Indian journal of veterinary science and animal husbandry - Volume 4,
Year: 1934
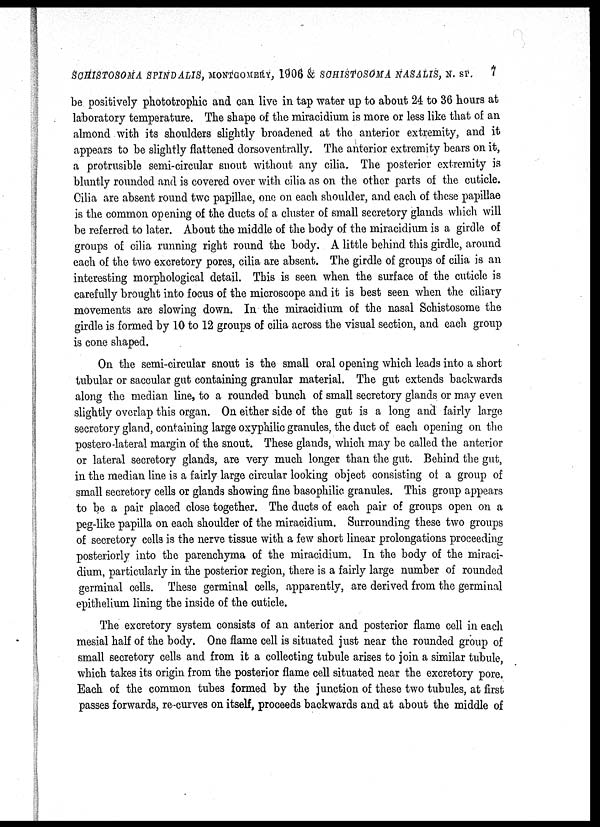
SCHISTOSOMA SPINDALIS, MONTGOMERY, 1906 & SCHISTOSOMA NASALIS, N. SP.
7
be positively phototrophic and can live in tap water up to about 24 to 36 hours at
laboratory temperature. The shape of the miracidium is more or less like that of an
almond with its shoulders slightly broadened at the anterior extremity, and it
appears to be slightly flattened dorsoventrally. The anterior extremity bears on it,
a protrusible semi-circular snout without any cilia. The posterior extremity is
bluntly rounded and is covered over with cilia as on the other parts of the cuticle.
Cilia are absent round two papillae, one on each shoulder, and each of these papillae
is the common opening of the ducts of a cluster of small secretory glands which will
be referred to later. About the middle of the body of the miracidium is a girdle of
groups of cilia running right round the body. A little behind this girdle, around
each of the two excretory pores, cilia are absent. The girdle of groups of cilia is an
interesting morphological detail. This is seen when the surface of the cuticle is
carefully brought into focus of the microscope and it is best seen when the ciliary
movements are slowing down. In the miracidium of the nasal Schistosome the
girdle is formed by 10 to 12 groups of cilia across the visual section, and each group
is cone shaped.
On the semi-circular snout is the small oral opening which leads into a short
tubular or saccular gut containing granular material. The gut extends backwards
along the median line, to a rounded bunch of small secretory glands or may even
slightly overlap this organ. On either side of the gut is a long and fairly large
secretory gland, containing large oxyphilic granules, the duct of each opening on the
postero-lateral margin of the snout. These glands, which may be called the anterior
or lateral secretory glands, are very much longer than the gut. Behind the gut,
in the median line is a fairly large circular looking object consisting of a group of
small secretory cells or glands showing fine basophilic granules. This group appears
to be a pair placed close together. The ducts of each pair of groups open on a
peg-like papilla on each shoulder of the miracidium. Surrounding these two groups
of secretory cells is the nerve tissue with a few short linear prolongations proceeding
posteriorly into the parenchyma of the miracidium. In the body of the miraci-
dium, particularly in the posterior region, there is a fairly large number of rounded
germinal cells. These germinal cells, apparently, are derived from the germinal
epithelium lining the inside of the cuticle.
The excretory system consists of an anterior and posterior flame cell in each
mesial half of the body. One flame cell is situated just near the rounded group of
small secretory cells and from it a collecting tubule arises to join a similar tubule,
which takes its origin from the posterior flame cell situated near the excretory pore.
Each of the common tubes formed by the junction of these two tubules, at first
passes forwards, re-curves on itself, proceeds backwards and at about the middle of